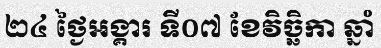
២៤ ថ្ងៃអង្គារ ទី០៧ ខែវិច្ឆិកា ឆ្នាំ